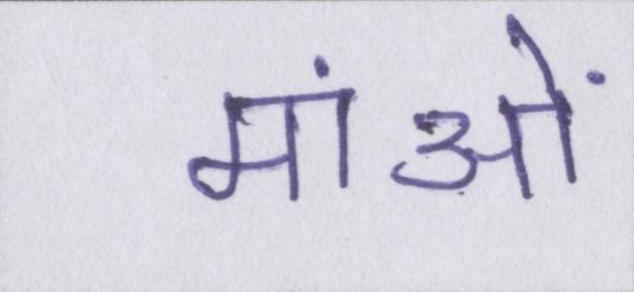
मांओं